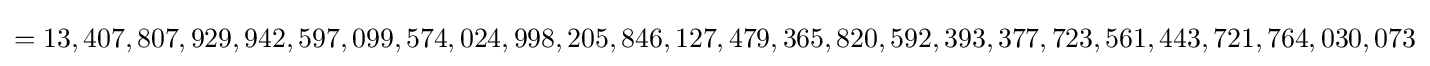
=13,407,807,929,942,597,099,574,024,998,205,846,127,479,365,820,592,393,377,723,561,443,721,764,030,073